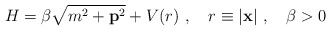
\begin{align*}H=\beta\sqrt{m^2+{\bf p}^2}+V(r)\ ,\quad r\equiv|{\bf x}|\ ,\quad\beta>0\,\end{align*}